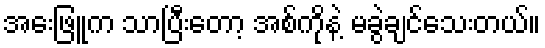
အေးဖြူက သာပြီးတော့ အစ်ကိုနဲ့ မခွဲချင်သေးတယ်။